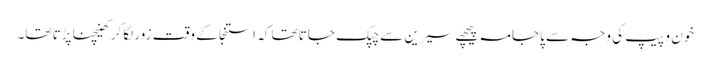
خون و پیپ کی وجہ سے پاجامہ پیچھے سیرین سے چپک جاتا تھا کہ استنجا کے وقت زور لگاکر کھینچنا پڑتا تھا۔